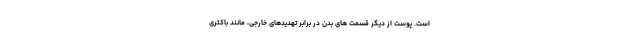
است. پوست از دیگر قسمت های بدن در برابر تهدیدهای خارجی، مانند باکتری